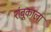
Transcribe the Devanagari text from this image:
शंबूकाला